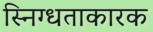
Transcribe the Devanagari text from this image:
स्निग्धताकारक